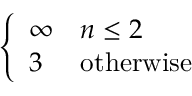
\left\{ { \begin{array} { l l } { \infty } & { n \leq 2 } \\ { 3 } & { { \mathrm { o t h e r w i s e } } } \end{array} } \right.